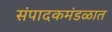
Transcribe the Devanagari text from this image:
संपादकमंडळात